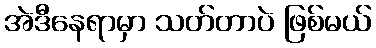
အဲဒီနေရာမှာ သတ်တာပဲ ဖြစ်မယ်